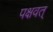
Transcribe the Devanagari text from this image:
पक्षवत्